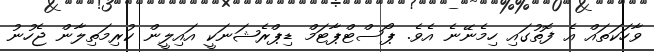
ވާހަކަތައް އެ ފޮތުގައި ހިމެނޭނެ އެވެ. ޕޯސްޓްޕާޓަމް ޑިޕްރެޝަނަކީ އައިލީން ކުރިމަތިލާން ޖެހުނު